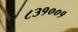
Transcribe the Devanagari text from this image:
८३१००१